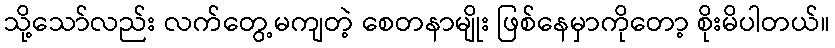
သို့သော်လည်း လက်တွေ့မကျတဲ့ စေတနာမျိုး ဖြစ်နေမှာကိုတော့ စိုးမိပါတယ်။